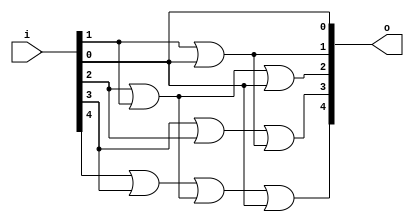
// This program was cloned from: https://github.com/NYU-MLDA/OpenABC
// License: BSD 3-Clause "New" or "Revised" License

module bsg_scan_width_p5_or_p1_lo_to_hi_p1
(
  i,
  o
);

  input [4:0] i;
  output [4:0] o;
  wire [4:0] o;
  wire t_2__4_,t_2__3_,t_2__2_,t_2__1_,t_2__0_,t_1__4_,t_1__3_,t_1__2_,t_1__1_,t_1__0_;
  assign t_1__4_ = i[0] | 1'b0;
  assign t_1__3_ = i[1] | i[0];
  assign t_1__2_ = i[2] | i[1];
  assign t_1__1_ = i[3] | i[2];
  assign t_1__0_ = i[4] | i[3];
  assign t_2__4_ = t_1__4_ | 1'b0;
  assign t_2__3_ = t_1__3_ | 1'b0;
  assign t_2__2_ = t_1__2_ | t_1__4_;
  assign t_2__1_ = t_1__1_ | t_1__3_;
  assign t_2__0_ = t_1__0_ | t_1__2_;
  assign o[0] = t_2__4_ | 1'b0;
  assign o[1] = t_2__3_ | 1'b0;
  assign o[2] = t_2__2_ | 1'b0;
  assign o[3] = t_2__1_ | 1'b0;
  assign o[4] = t_2__0_ | t_2__4_;

endmodule